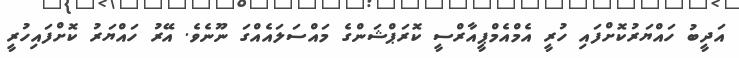
އަދީބު ހައްޔަރުކޮށްފައި ހުރީ އެމްއެމްޕީއާރްސީ ކޮރަޕްޝަންގެ މައްސަލައެއްގަ ނޫނެވެ. އޭރު ހައްޔަރު ކޮށްފައިހުރީ